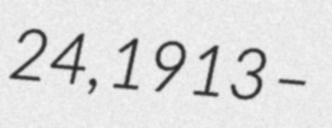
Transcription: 24, 1913 –